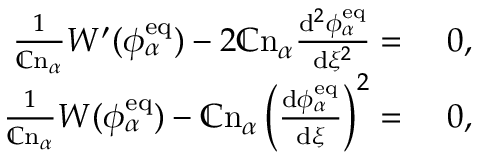
\begin{array} { r l } { \frac { 1 } { \mathbb { C } \mathrm { n } _ { \alpha } } W ^ { \prime } ( \phi _ { \alpha } ^ { \mathrm { e q } } ) - 2 \mathbb { C } \mathrm { n } _ { \alpha } \frac { \mathrm { d } ^ { 2 } \phi _ { \alpha } ^ { \mathrm { e q } } } { \mathrm { d } \xi ^ { 2 } } = } & { ~ 0 , } \\ { \frac { 1 } { \mathbb { C } \mathrm { n } _ { \alpha } } W ( \phi _ { \alpha } ^ { \mathrm { e q } } ) - \mathbb { C } \mathrm { n } _ { \alpha } \left( \frac { \mathrm { d } \phi _ { \alpha } ^ { \mathrm { e q } } } { \mathrm { d } \xi } \right) ^ { 2 } = } & { ~ 0 , } \end{array}